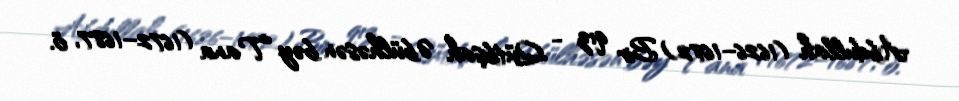
Abdullah (1626–1672) Bir qız - Qütbşah Əbülhəsən bəy Tana (1672–1687, ö.